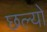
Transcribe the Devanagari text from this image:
छल्‍यो